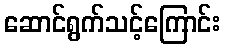
ဆောင်ရွက်သင့်ကြောင်း